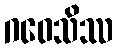
ဂဝေသိဿ